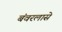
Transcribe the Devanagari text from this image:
बंवरलासे